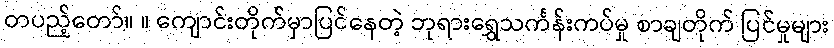
တပည့်တော်။ ။ ကျောင်းတိုက်မှာပြင်နေတဲ့ ဘုရားရွှေသင်္ကန်းကပ်မှု စာချတိုက် ပြင်မှုများ